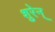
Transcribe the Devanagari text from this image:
शुरेन्